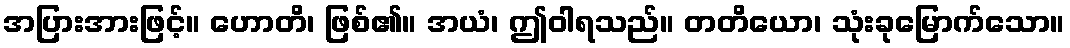
အပြားအားဖြင့်။ ဟောတိ၊ ဖြစ်၏။ အယံ၊ ဤဝါရသည်။ တတိယော၊ သုံးခုမြောက်သော။